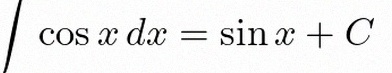
\int \cos x\,dx=\sin x+C